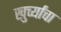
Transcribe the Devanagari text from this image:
खुर्च्यांचा